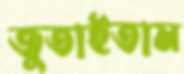
জুতাইতাম